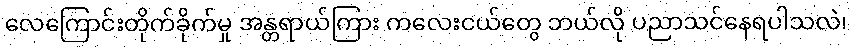
လေကြောင်းတိုက်ခိုက်မှု အန္တရာယ်ကြား ကလေးငယ်တွေ ဘယ်လို ပညာသင်နေရပါသလဲ၊